Scottish Certificate of Education, 1962
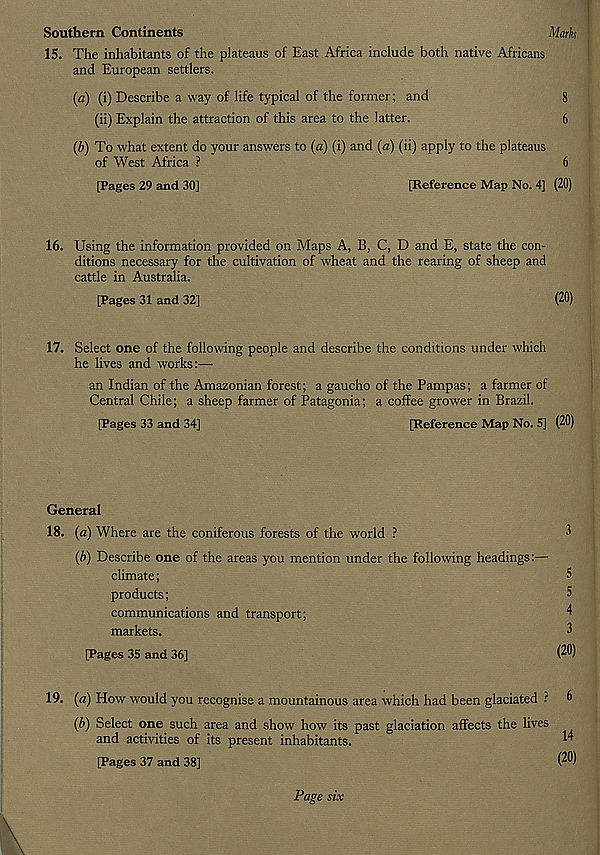
Southern Continents
Marks
15. The inhabitants of the plateaus of East Africa include both native Africans
and European settlers.
(a) (i) Describe a way of life typical of the former; and
8
(ii) Explain the attraction of this area to the latter.
6
(b) To what extent do your answers to (a) (i) and (a) (ii) apply to the plateaus
of West Africa ?
6
[Pages 29 and 30]
[Reference Map No. 4] (20)
16. Using the information provided on Maps A, B, C, D and E, state the con-
ditions necessary for the cultivation of wheat and the rearing of sheep and
cattle in Australia.
[Pages 31 and 32]
(20)
17. Select one of the following people and describe the conditions under which
he lives and works:—
an Indian of the Amazonian forest; a gaucho of the Pampas; a farmer of
Central Chile; a sheep farmer of Patagonia; a coffee grower in Brazil.
[Pages 33 and 34]
[Reference Map No. 5] (20)
General
18. (a) Where are the coniferous forests of the world ?
3
(b) Describe one of the areas you mention under the following headings:—
climate;
5
products;
5
communications and transport;
4
markets.
3
[Pages 35 and 36]
(30)
19. (a) How would you recognise a mountainous area which had been glaciated ? 0
(b) Select one such area and show how its past glaciation affects the lives
and activities of its present inhabitants.
^
[Pages 37 and 38]
( 20 )
Page six